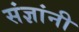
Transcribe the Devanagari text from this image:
संज्ञांनी